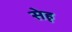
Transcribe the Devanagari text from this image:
सेहृ